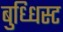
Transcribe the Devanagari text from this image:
बुध्धिस्ट